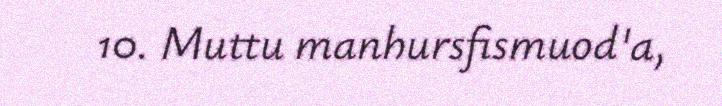
10. Muttu manhursfismuod'a,